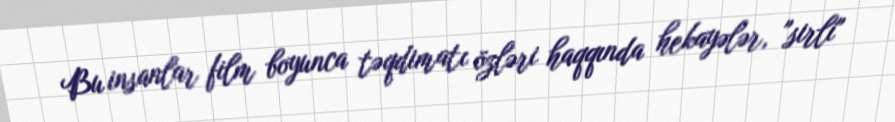
Bu insanlar film boyunca təqdimatı özləri haqqında hekayələr, "sirli"